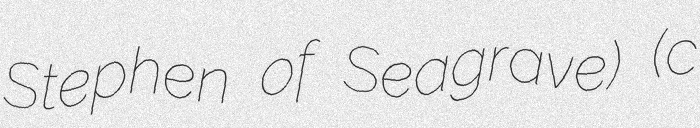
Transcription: Stephen of Seagrave) (c